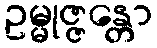
ဥမ္မုဇ္ဇန္တော